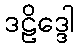
ဒဠိဒ္ဒေါ